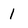
Character: 1